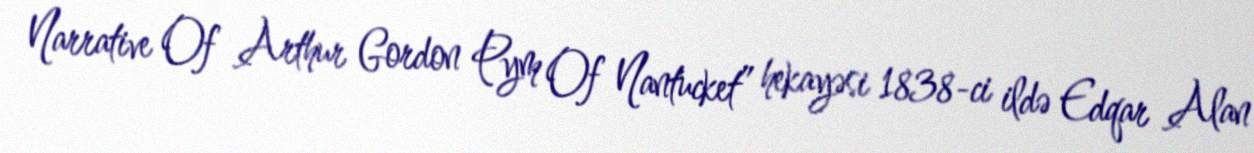
Narrative Of Arthur Gordon Pym Of Nantucket” hekayəsi 1838-ci ildə Edqar Alan